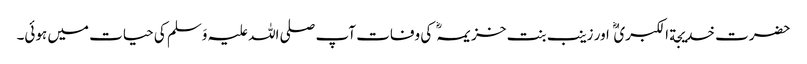
حضرت خدیجة الکبریٰ اور زینب بنت خزیمہ کی وفات آپ صلی اللہ علیہ وَسلم کی حیات میں ہوئی۔